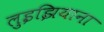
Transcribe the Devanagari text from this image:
लुइझियाना